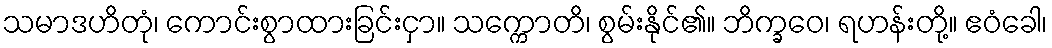
သမာဒဟိတုံ၊ ကောင်းစွာထားခြင်းငှာ။ သက္ကောတိ၊ စွမ်းနိုင်၏။ ဘိက္ခဝေ၊ ရဟန်းတို့။ ဧဝံခေါ၊